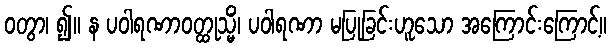
ဝတွာ၊ ၍။ န ပဝါရဏာဝတ္ထုသ္မိံ၊ ပဝါရဏာ မပြုခြင်းဟူသော အကြောင်းကြောင့်။